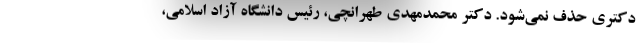
دکتری حذف نمی‌شود. دکتر محمدمهدی طهرانچی، رئیس دانشگاه آزاد اسلامی،